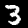
Digit: 3